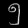
Digit: ၅